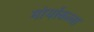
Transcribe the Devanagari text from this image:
मोर्याकला